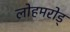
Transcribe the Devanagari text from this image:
लोहमरोड्